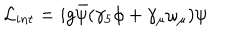
{ \cal L } _ { i n t } = i g \bar { \psi } ( \gamma _ { 5 } \phi + \gamma _ { \mu } \omega _ { \mu } ) \psi